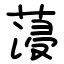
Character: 蓡